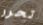
تحرر